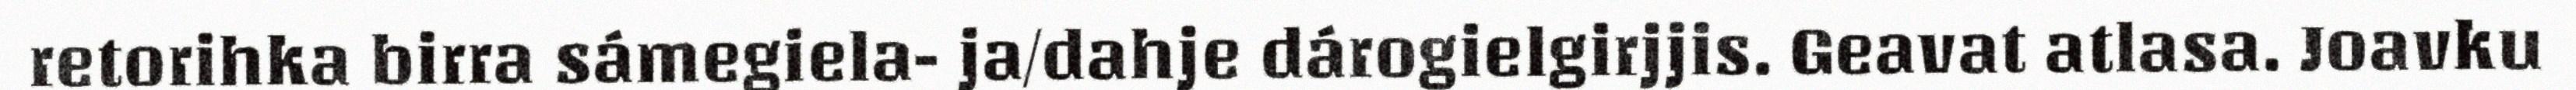
retorihka birra sámegiela- ja/dahje dárogielgirjjis. Geavat atlasa. Joavku